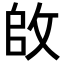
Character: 𪯌